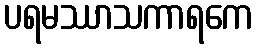
ပရမဿာသကာရကေ